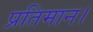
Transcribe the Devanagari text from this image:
प्रतिमान।